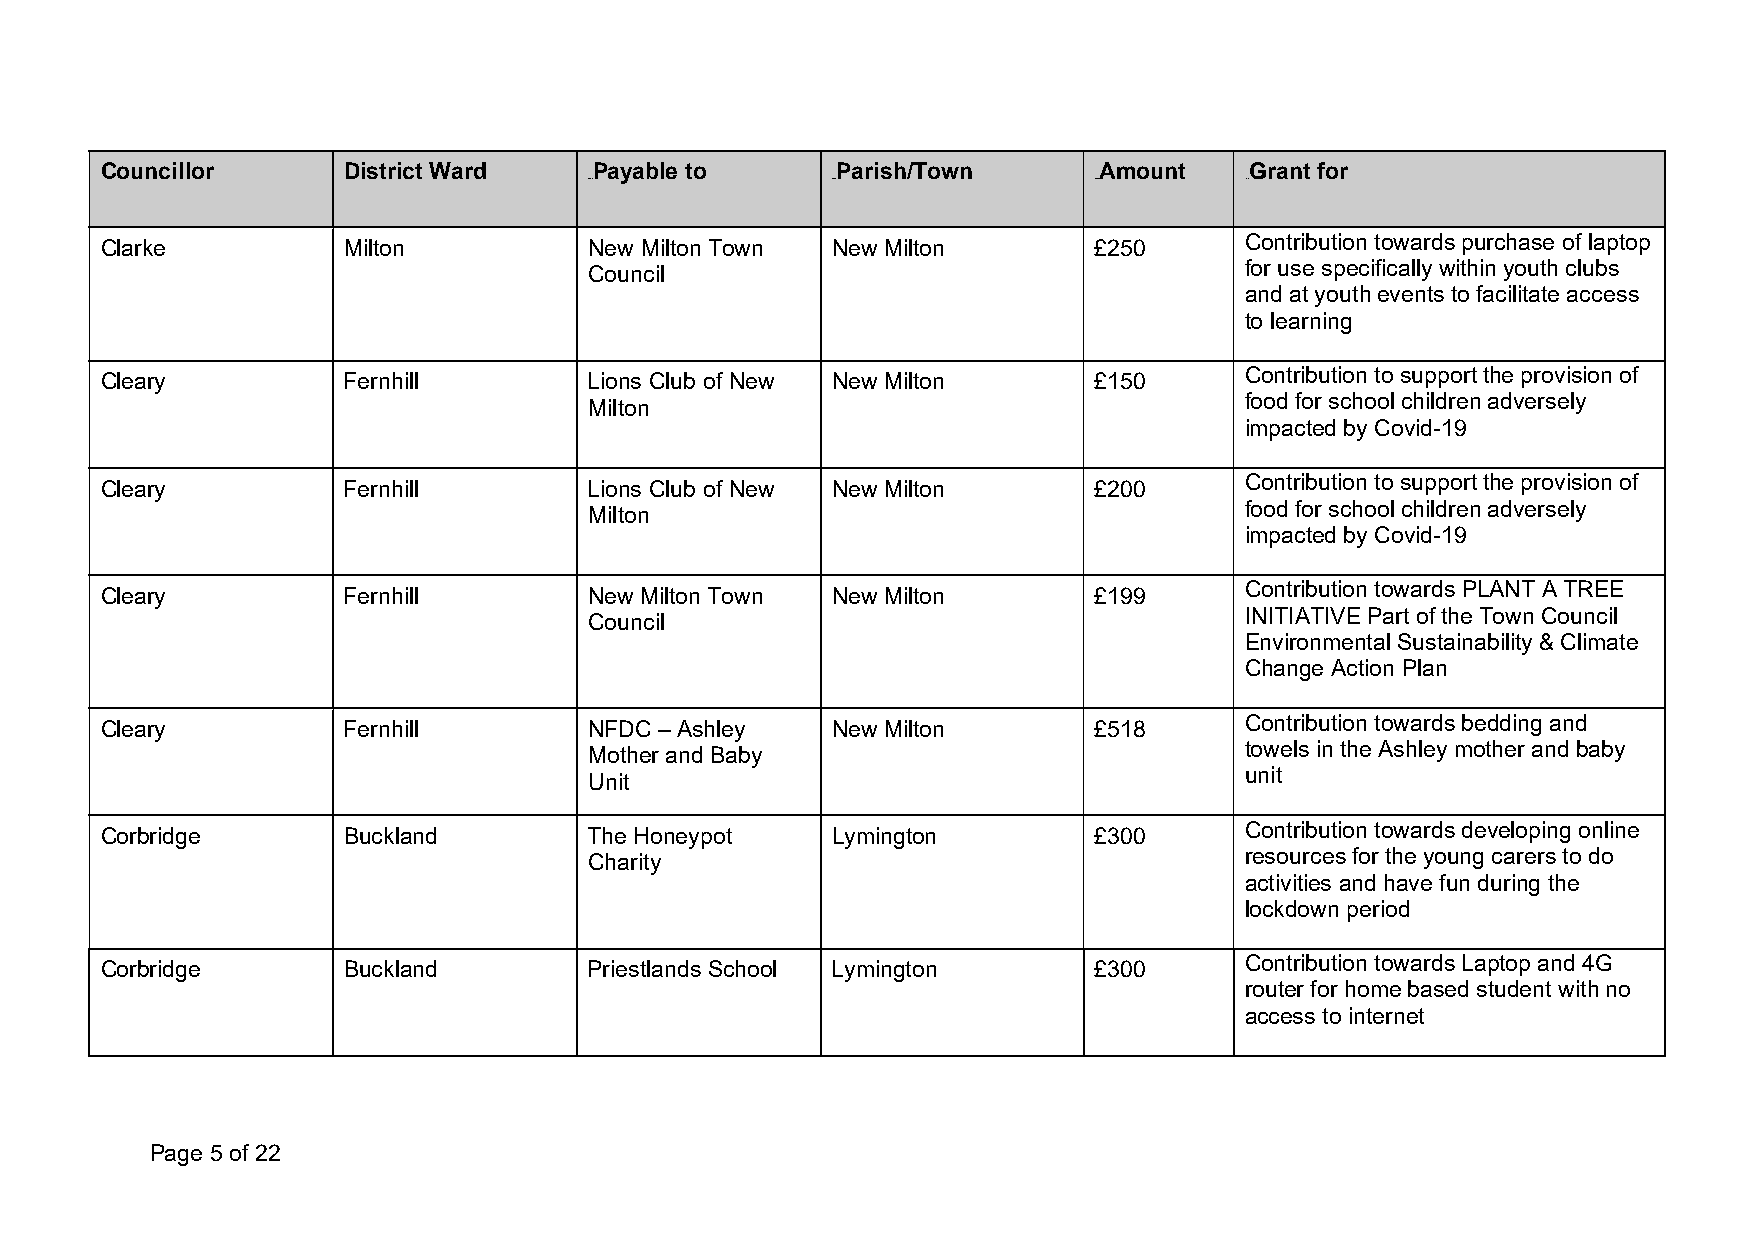
Councillor      District Ward   Payable to      Parish/Town       Amount    Grant for
 0B0B            1B1B             2B2B      3B3B
 Clarke          Milton          New Milton Town New Milton       £250      Contribution towards purchase of laptop
 Council                                    for use specifically within youth clubs
 and at youth events to facilitate access
 to learning
 Cleary          Fernhill        Lions Club of New New Milton     £150      Contribution to support the provision of
 Milton                                     food for school children adversely
 impacted by Covid-19
 Cleary          Fernhill        Lions Club of New New Milton     £200      Contribution to support the provision of
 Milton                                     food for school children adversely
 impacted by Covid-19
 Cleary          Fernhill        New Milton Town New Milton       £199      Contribution towards PLANT A TREE
 Council                                    INITIATIVE Part of the Town Council
 Environmental Sustainability & Climate
 Change Action Plan
 Cleary          Fernhill        NFDC – Ashley   New Milton       £518      Contribution towards bedding and
 Mother and Baby                            towels in the Ashley mother and baby
 Unit                                       unit
 Corbridge       Buckland        The Honeypot    Lymington        £300      Contribution towards developing online
 Charity                                    resources for the young carers to do
 activities and have fun during the
 lockdown period
 Corbridge       Buckland        Priestlands School Lymington     £300      Contribution towards Laptop and 4G
 router for home based student with no
 access to internet
 Page 5 of 22